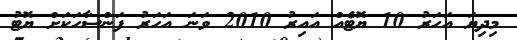
މިދިޔަ އަހަރު 10 ޔޮޓެއް އައިރު 2010 ވަނަ އަހަރު ފަންސާހަކަށް ޔޮޓު